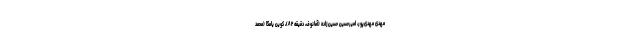
مهدی مهدی‌پور، امیرحسین حسین‌زاده (آمانوف، دقیقه ۸۲)، کوین یامگا (محمد